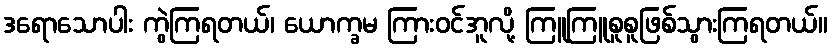
ဒရောသောပါး ကွဲကြရတယ်၊ ယောက္ခမ ကြားဝင်အူလို့ ကြူကြူစူစူဖြစ်သွားကြရတယ်။